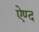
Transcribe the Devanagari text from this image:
ऐण्द